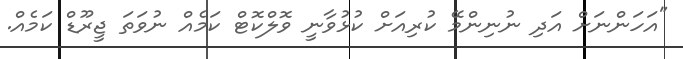
"އަހަންނަށް އަދި ނުނިންމޭ ކުރިއަށް ކުޅުވާނީ ވޮލްކޮޓް ކަމެއް ނުވަތަ ޖީރޫޑް ކަމެއް.